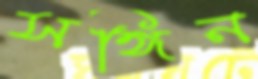
সঙ্গিন